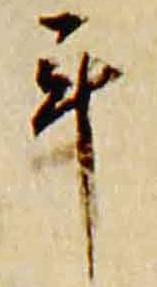
年